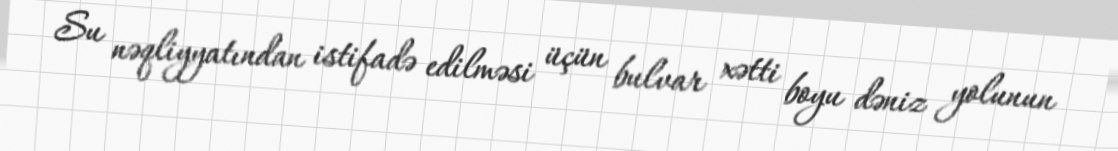
Su nəqliyyatından istifadə edilməsi üçün bulvar xətti boyu dəniz yolunun